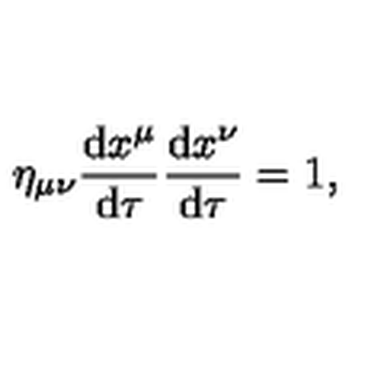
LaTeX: \eta _ { \mu \nu } \frac { \mathrm { d } x ^ { \mu } } { \mathrm { d } \tau } \frac { \mathrm { d } x ^ { \nu } } { \mathrm { d } \tau } = 1 ,